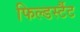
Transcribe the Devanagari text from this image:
फिल्डर्स्टैट